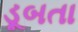
ડૂબતા